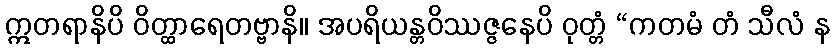
ဣတရာနိပိ ဝိတ္ထာရေတဗ္ဗာနိ။ အပရိယန္တဝိဿဇ္ဇနေပိ ဝုတ္တံ “ကတမံ တံ သီလံ န